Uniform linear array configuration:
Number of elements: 12
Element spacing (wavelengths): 0.75
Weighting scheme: kaiser
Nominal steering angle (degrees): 0
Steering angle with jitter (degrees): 1.402
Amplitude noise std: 0.05
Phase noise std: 0.05

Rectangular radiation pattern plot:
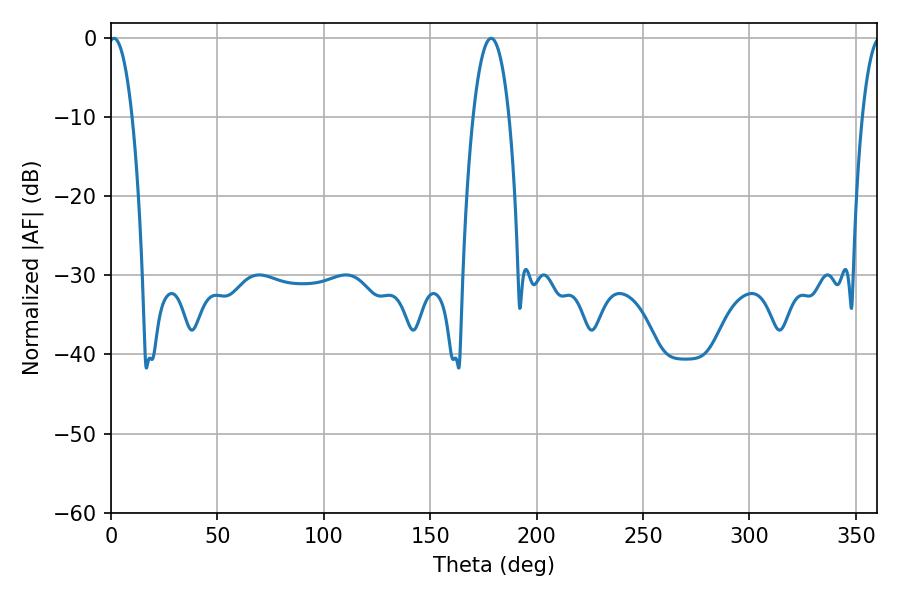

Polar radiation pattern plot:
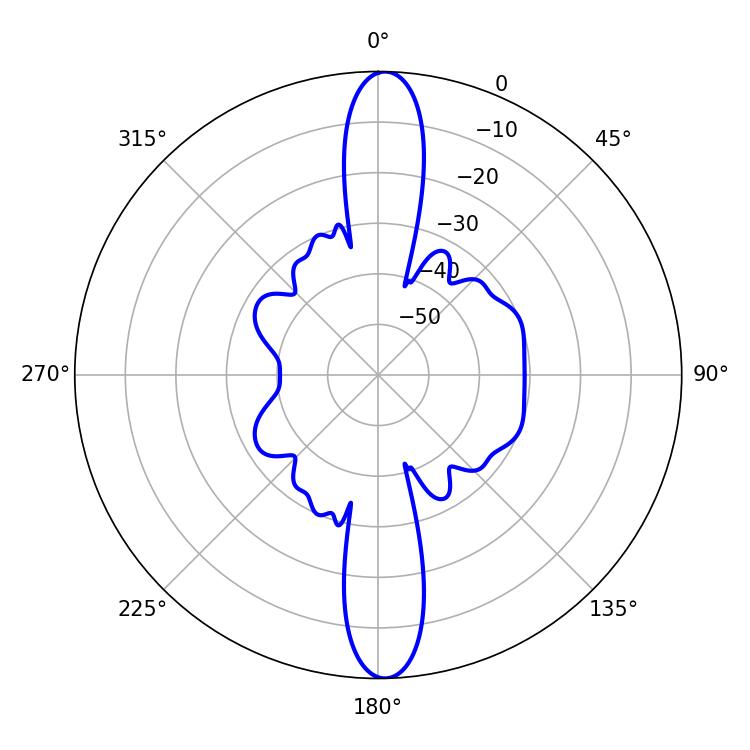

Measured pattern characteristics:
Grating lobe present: TRUE
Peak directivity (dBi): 23.358
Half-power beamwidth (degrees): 6.12
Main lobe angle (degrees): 1.44